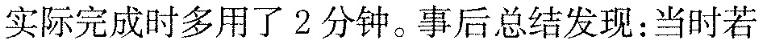
实际完成时多用了2分钟。事后总结发现：当时若